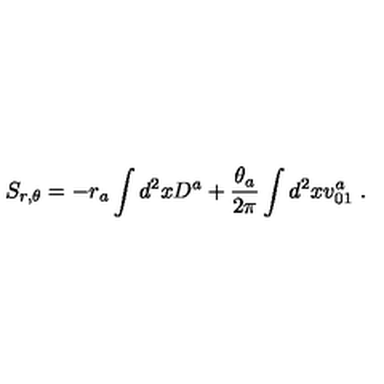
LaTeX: S _ { r , \theta } = - r _ { a } \int d ^ { 2 } x D ^ { a } + { \frac { \theta _ { a } } { 2 \pi } } \int d ^ { 2 } x v _ { 0 1 } ^ { a } \ .